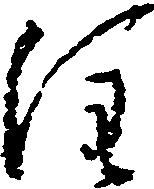
注